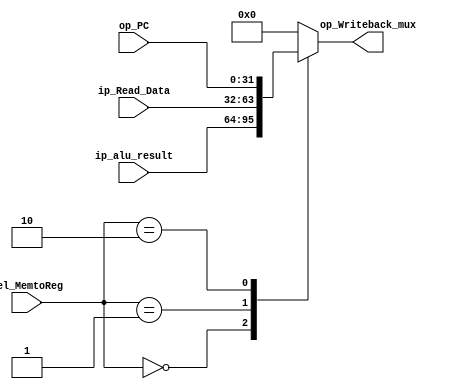
`timescale 1ns / 1ps
//////////////////////////////////////////////////////////////////////////////////
// Company: 
// Engineer: 
// 
// Design Name: 
// Module Name: Write_Back_Mux
// Project Name: 
// Target Devices: 
// Tool Versions: 
// Description: 
// 
// Dependencies: 
// 
// Revision:
// Revision 0.01 - File Created
// Additional Comments:
// 
//////////////////////////////////////////////////////////////////////////////////


module Write_Back_Mux(ip_alu_result,ip_Read_Data,sel_MemtoReg,op_Writeback_mux,op_PC);
    //<-----------------------PORT DECLARATION--------------------------------->
    input [31:0] ip_alu_result;                 // Output of ALU
    input [31:0] ip_Read_Data;                  // Output of DATA MEMORY ACCESS
    input [1:0] sel_MemtoReg;                  // Select input Memory to Register
    input [31:0] op_PC;                        // Output of Actual PC
    output reg [31:0] op_Writeback_mux;        // Writeback Output
    //<-------------------------------------------------------------------------->
    always @(*)
        begin
            case(sel_MemtoReg)
                2'b00 : op_Writeback_mux <= ip_alu_result;
                2'b01 : op_Writeback_mux <= ip_Read_Data;
                2'b10 : op_Writeback_mux <= op_PC;
 
                default : op_Writeback_mux <= 32'b0; 
            endcase
        end
endmodule